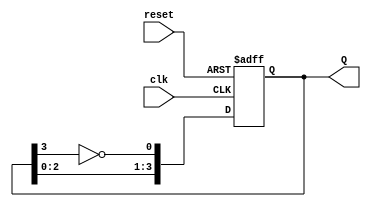
module JohnsonCounter (
    input wire clk,      // Clock input
    input wire reset,    // Asynchronous reset
    output reg [3:0] Q   // 4-bit output for the counter state
);

// Always block triggered by clock and reset signals
always @(posedge clk or posedge reset) begin
    if (reset) begin
        // Asynchronous reset to 0000
        Q <= 4'b0000;
    end else begin
        // Johnson counter state transition logic
        Q[0] <= ~Q[3];      // D0 gets inverted last bit
        Q[1] <= Q[0];       // D1 gets the first bit
        Q[2] <= Q[1];       // D2 gets the second bit
        Q[3] <= Q[2];       // D3 gets the third bit
    end
end

endmodule